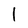
Character: I